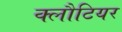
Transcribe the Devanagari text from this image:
क्लौटियर